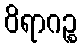
ဝိရာဂဉ္စ